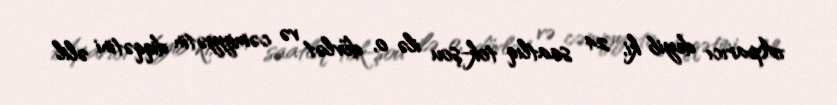
Aparıcı deyib ki, 24 saatlıq tok-şou ilə o, dövlət və cəmiyyətin diqqətini əlil